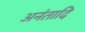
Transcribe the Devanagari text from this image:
अनंतादि